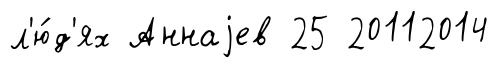
л'ю́д'ях Аннаjев 25 20112014